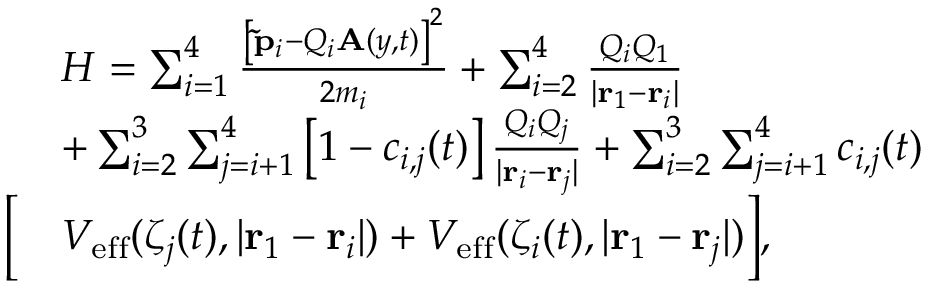
\begin{array} { r l } & { H = \sum _ { i = 1 } ^ { 4 } \frac { \left[ \mathbf { \tilde { p } } _ { i } - Q _ { i } \mathbf { A } ( y , t ) \right] ^ { 2 } } { 2 m _ { i } } + \sum _ { i = 2 } ^ { 4 } \frac { Q _ { i } Q _ { 1 } } { | \mathbf { r } _ { 1 } - \mathbf { r } _ { i } | } } \\ & { + \sum _ { i = 2 } ^ { 3 } \sum _ { j = i + 1 } ^ { 4 } \left[ 1 - c _ { i , j } ( t ) \right] \frac { Q _ { i } Q _ { j } } { | \mathbf { r } _ { i } - \mathbf { r } _ { j } | } + \sum _ { i = 2 } ^ { 3 } \sum _ { j = i + 1 } ^ { 4 } c _ { i , j } ( t ) } \\ { \Big [ } & { V _ { \mathrm { e f f } } ( \zeta _ { j } ( t ) , | \mathbf { r } _ { 1 } - \mathbf { r } _ { i } | ) + V _ { \mathrm { e f f } } ( \zeta _ { i } ( t ) , | \mathbf { r } _ { 1 } - \mathbf { r } _ { j } | ) \Big ] , } \end{array}